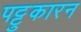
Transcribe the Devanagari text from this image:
पट्टुकारन